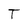
Character: T